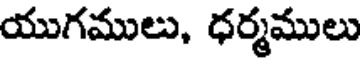
యుగములు, ధర్మములు